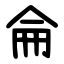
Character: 侖